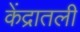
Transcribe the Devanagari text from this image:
केंद्रातली